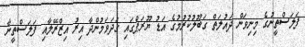
ފަލަސްތީނުގެ މިނިވަން ދައުލަތް ގަބޫލުކުރުމުގެ އަޑު ޔޫރަޕްގައި ގަދަވަމުންދާ އިރު އިޒްރޭލާއި ފަލަސްތީނާ